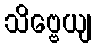
သိဗ္ဗေယျ